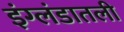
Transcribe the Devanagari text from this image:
इंग्लंडातली